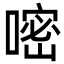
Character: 嘧